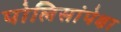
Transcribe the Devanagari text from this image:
पोलिसांपेक्षा